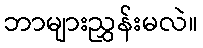
ဘာများညွှန်းမလဲ။